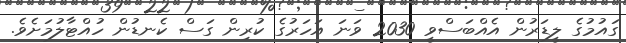
ގައުމުގެ ލީޑަރުން އެއްބަސްވީ 2030 ވަނަ އަހަރުގެ ކުރިން ގަސް ކެނޑުން ހުއްޓާލުމަށެވެ.